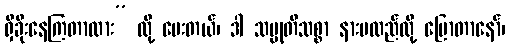
ရှိခိုးနေကြတာလား” လို့ မေးတယ်၊ ဒါ သမ္မုတိသစ္စာ နားမလည်လို့ ပြောတာနော်၊